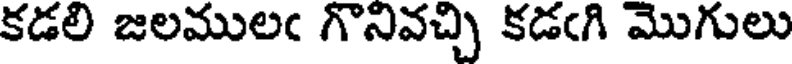
కడలి జలములఁ గొనివచ్చి కడఁగి మొగులు